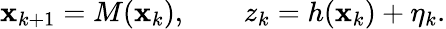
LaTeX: \begin{array}{r}{\mathbf{x}_{k+1}=M(\mathbf{x}_{k}),\qquad z_{k}=h(\mathbf{x}_{k})+\eta_{k}.}\end{array}